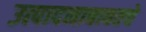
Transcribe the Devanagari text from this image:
उत्पादनाबाबतचे